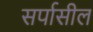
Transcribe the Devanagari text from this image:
सर्पासील